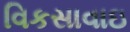
વિકસાવાઇ